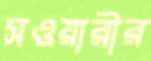
সওয়ারীর